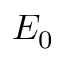
E _ { 0 }